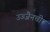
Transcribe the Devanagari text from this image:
उज्जैनची